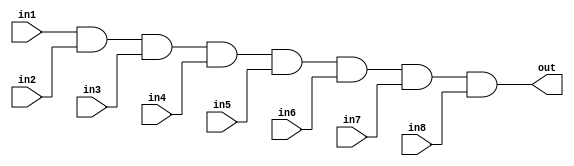
module EightInputAndGate (
    input wire in1,
    input wire in2,
    input wire in3,
    input wire in4,
    input wire in5,
    input wire in6,
    input wire in7,
    input wire in8,
    output reg out
);

always @(*) begin
    out = in1 & in2 & in3 & in4 & in5 & in6 & in7 & in8;
end

endmodule